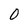
Character: 0